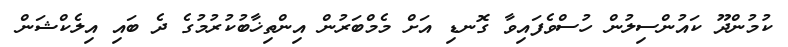
ކުމުންދޫ ކައުންސިލުން ހުސްވެފައިވާ ގޮނޑި އަށް މެމްބަރުން އިންތިޚާބުކުރުމުގެ ދެ ބައި އިލެކްޝަން